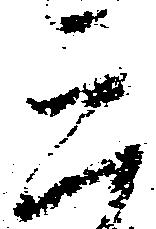
三